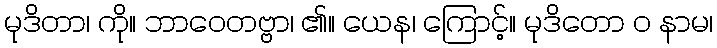
မုဒိတာ၊ ကို။ ဘာဝေတဗ္ဗာ၊ ၏။ ယေန၊ ကြောင့်။ မုဒိတော ဝ နာမ၊